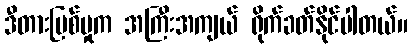
ဒီတားမြစ်မှုက အကြီးအကျယ် ရိုက်ခတ်နိုင်ပါတယ်။